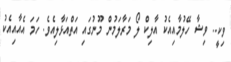
ވިކީ.. ވިޝާ ހޭލުމާއިއެކު އާލިކް ލޯ މަރާލަމުން މޫނުގައި އަތްއަޅާލިއެވެ. ހަމަ އެއާއިއެކު